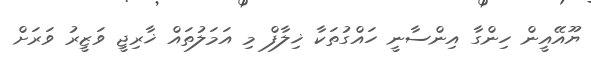
ޔޫއޭއީން ހިންގާ އިންސާނީ ހައްގުތަކާ ޚިލާފް މި އަމަލުތައް ޚާރިޖީ ވަޒީރު ވަރަށް